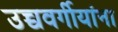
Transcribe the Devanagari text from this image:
उच्चवर्गीयांना